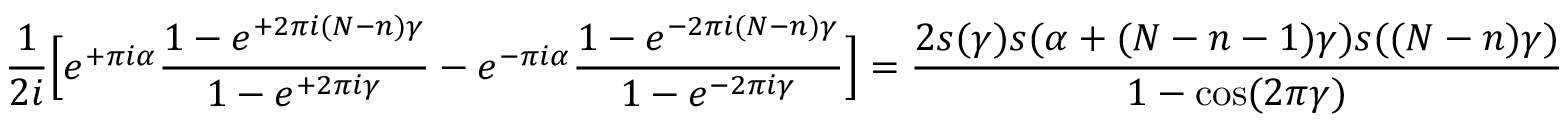
\frac { 1 } { 2 i } \Big [ e ^ { + \pi i \alpha } \frac { 1 - e ^ { + 2 \pi i ( N - n ) \gamma } } { 1 - e ^ { + 2 \pi i \gamma } } - e ^ { - \pi i \alpha } \frac { 1 - e ^ { - 2 \pi i ( N - n ) \gamma } } { 1 - e ^ { - 2 \pi i \gamma } } \Big ] = \frac { 2 s ( \gamma ) s ( \alpha + ( N - n - 1 ) \gamma ) s ( ( N - n ) \gamma ) } { 1 - \cos ( 2 \pi \gamma ) }